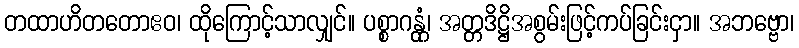
တထာဟိတတောဧဝ၊ ထိုကြောင့်သာလျှင်။ ပစ္စာဂန္တုံ၊ အတ္တဒိဋ္ဌိအစွမ်းဖြင့်ကပ်ခြင်းငှာ။ အဘဗ္ဗော၊